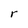
Character: r